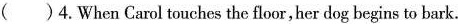
( )4.When Carol touches the floor, her dog begins to bark.